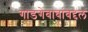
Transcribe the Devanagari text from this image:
गाडगेबाबांबद्दल